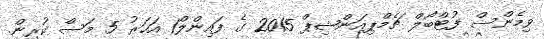
ވިމެންސް ފުޓްބޯލް ޗެމްޕިއަންޝިޕް 2015 ގެ ފައިންލް1 އަހަރު 5 މަސް ކުރިން.